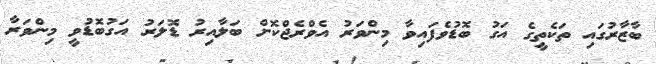
ބާޒާރުގައި ތަކެތީގެ އަގު ބޮޑުވެފައިވާ މިންވަރު އެވްރެޖްކޮށް ބަލާއިރު ޑޮލަރު އަގުބޮޑުވީ މިންވަރާ